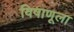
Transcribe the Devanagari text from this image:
विषाणूला